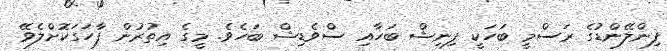
ފިންލޭންޑުގެ ރަސްމީ ބަހަކީ ފިނިޝް ބަހާއި ސްވެޑިޝް ބަހެވެ. މީގެ އިތުރުން ފާހަގަކޮށްލެވޭ